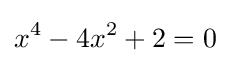
x^{4}-4x^{2}+2=0